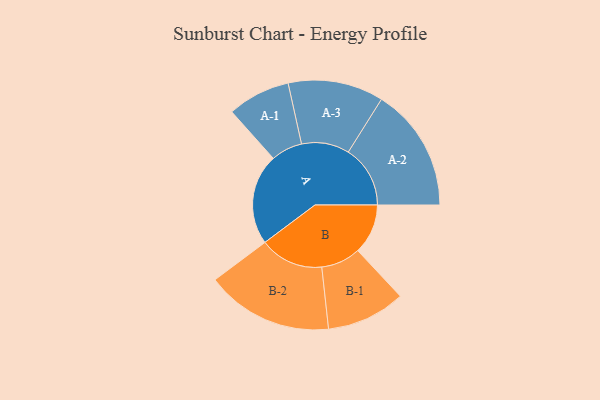
{"axis": {"x": "Segment", "y": "Value"}, "legend": ["", "A", "B"], "data": [{"x": "A", "y": 417, "type": ""}, {"x": "B", "y": 230, "type": ""}, {"x": "A-1", "y": 144, "type": "A"}, {"x": "A-2", "y": 284, "type": "A"}, {"x": "A-3", "y": 219, "type": "A"}, {"x": "B-1", "y": 181, "type": "B"}, {"x": "B-2", "y": 292, "type": "B"}]}